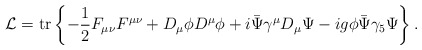
\begin{align*}{\cal L} = {\rm tr} \left\{- \frac{1}{2} F_{\mu \nu} F^{\mu \nu}+ D_\mu \phi D^\mu \phi+ i \bar{\Psi} \gamma^\mu D_\mu \Psi- i g \phi \bar{\Psi} \gamma_5 \Psi \right\}.\end{align*}